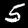
Digit: 5